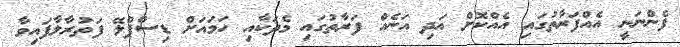
ފެންނަނީ އެއްފަރާތުގައި އެއްކޮށް އަދި އަނެއް ފަރާތުގައި މެދަކާއި ހަމައަށް ޑިސްޕްލޭ ފަތުރާލާފައިވާ